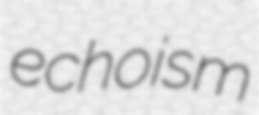
echoism